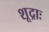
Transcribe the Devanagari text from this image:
शूद्राः